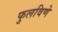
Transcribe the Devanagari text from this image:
फुलविणे